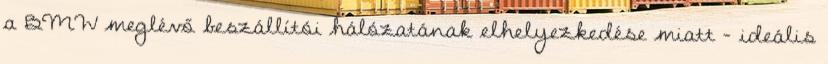
a BMW meglévő beszállítói hálózatának elhelyezkedése miatt - ideális